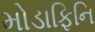
મોડાફિનિ